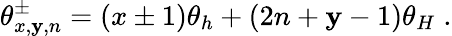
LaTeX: \theta_{x,\mathbf{y},n}^{\pm}=(x\pm1)\theta_{h}+(2n+\mathbf{y}-1)\theta_{H}\; .